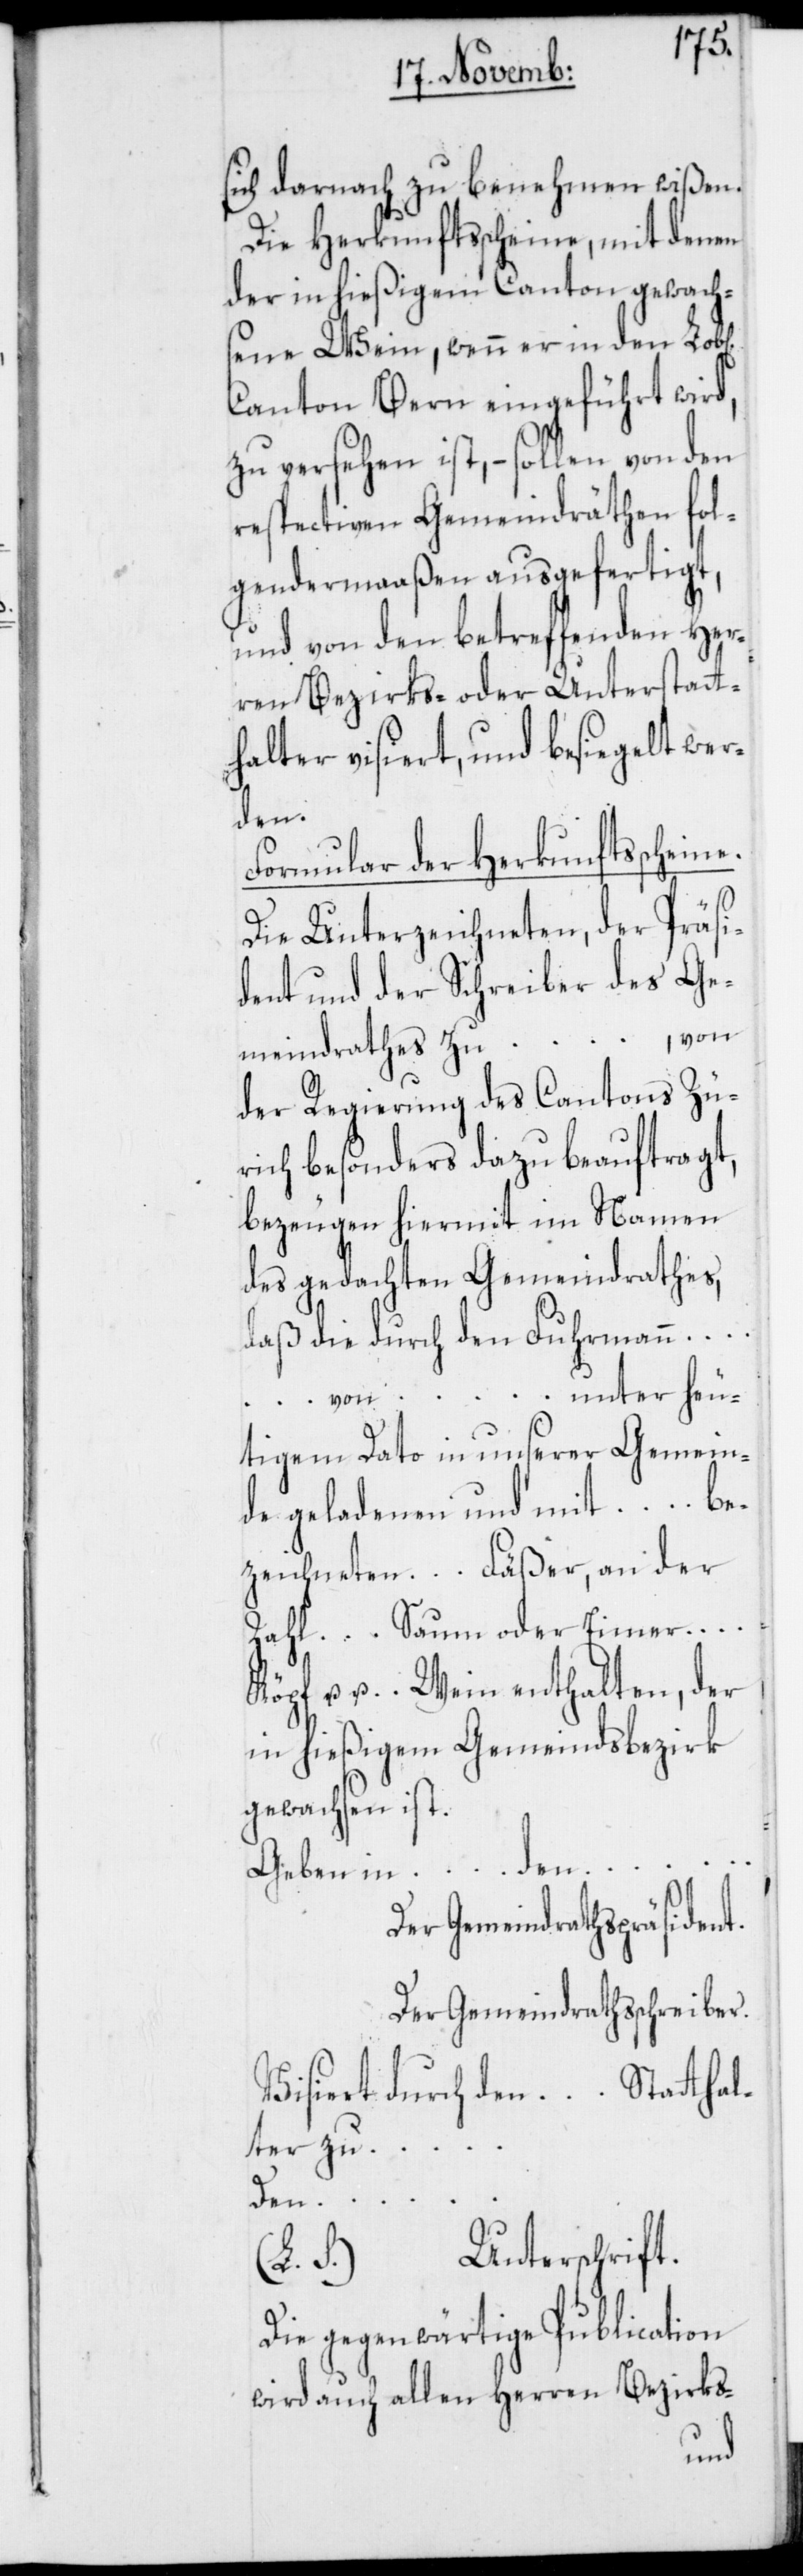
sich darnach zu benehmen wißen.
Die Herkunftsscheine, mit denen
der in hießigem Canton gewach¬
sene Wein, wenn er in den Lob[l¬
Canton Bern eingeführt wird,
zu versehen ist, – sollen von den
respectiven Gemeindräthen fol¬
gendermaaßen ausgefertigt,
und von den betreffenden Her¬
ren Bezirks- oder Unterstatt¬
halter visiert und besiegelt wer¬
den.
Formular der Herkunftsscheine.
Die Unterzeichneten, der Präsi¬
dent und der Schreiber des Ge¬
meindrathes zu …, von
der Regierung des Cantons Zü¬
rich besonders dazu beauftragt,
bezeugen hiermit im Namen
des gedachten Gemeindrathes,
daß die durch den Fuhrmann
… von … unter heu¬
tigem Dato in unserer Gemein¬
de geladenen und mit … be¬
zeichneten … Fäßer, an der
Zahl … Saum oder Eimer …
.… Wein enthalten, der
in hießigem Gemeindsbezirk
gewachsen ist.
Geben in … den
Der Gemeindrathspräsident.
Der Gemeindrathsschreiber.
Visiert durch den … Statthal¬
ter zu …
ichen]
Den
Unterschrift.
(L. S.)
Die gegenwärtige Publication
wird auch allen Herren Bezirks-